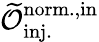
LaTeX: \mathcal{\widetilde{O}}_{\mathrm{inj.}}^{\mathrm{norm.,in}}